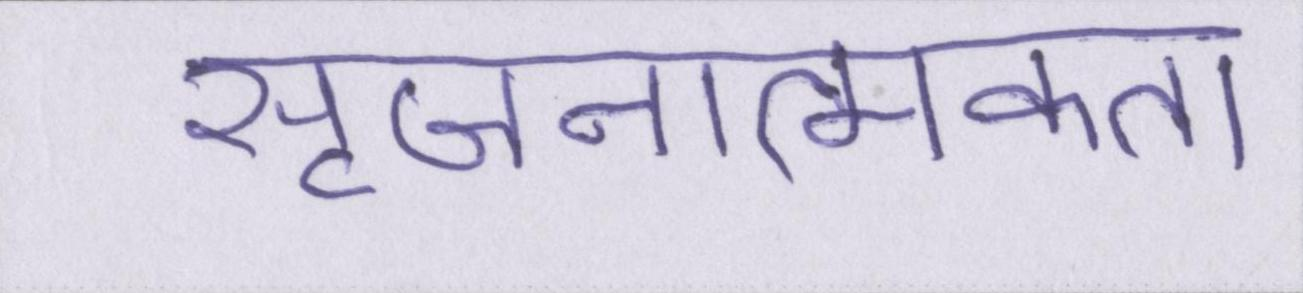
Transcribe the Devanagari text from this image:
सृजनात्मकता